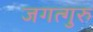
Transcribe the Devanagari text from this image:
जगत्गुरु